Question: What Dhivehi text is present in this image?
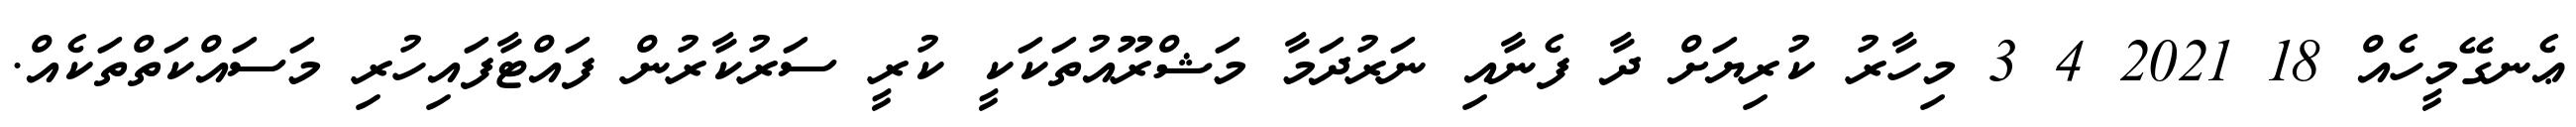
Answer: ޢެނގޭމީހެއް 18 2021 4 3 މިހާރު ކުރިޔަށް ދާ ފެނާއި ނަރުދަމާ މަޝްރޫއުތަކަކީ ކުރީ ސަރުކާރުން ފައްޓާފައިހުރި މަސައްކަތްތަކެއް.